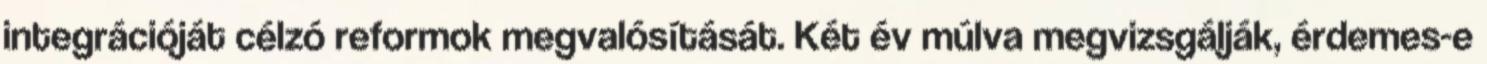
integrációját célzó reformok megvalósítását. Két év múlva megvizsgálják, érdemes-e